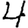
Digit: 4